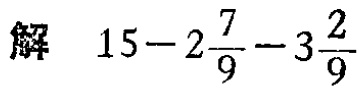
解 \(15 - 2\frac{7}{9} - 3\frac{2}{9}\)